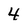
Character: 4